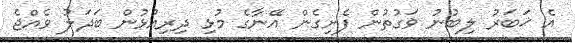
އެ ޚަބަރު ލިބުނު ވަގުތުން ފެށިގެން އޭނާގެ މުޅި ދިރިއުޅުން ބަދަލު ވެއްޖެ